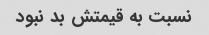
نسبت به قیمتش بد نبود